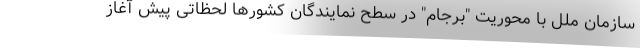
سازمان ملل با محوریت "برجام" در سطح نمایندگان کشورها لحظاتی پیش آغاز